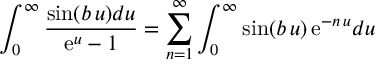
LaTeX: \int _ { 0 } ^ { \infty } { \frac { \sin ( b \, u ) d u } { \mathrm { e } ^ { u } - 1 } } = \sum _ { n = 1 } ^ { \infty } \int _ { 0 } ^ { \infty } \sin ( b \, u ) \, \mathrm { e } ^ { - n \, u } d u